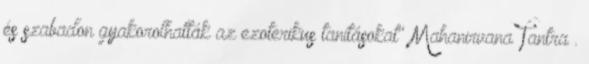
és szabadon gyakorolhatták az ezoterikus tanításokat" Mahanirvana Tantra .